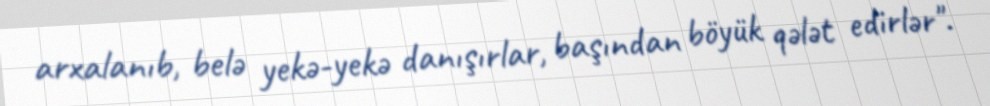
arxalanıb, belə yekə-yekə danışırlar, başından böyük qələt edirlər".